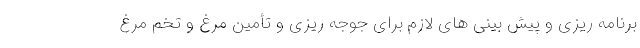
برنامه ریزی و پیش بینی های لازم برای جوجه ریزی و تأمین مرغ و تخم مرغ